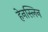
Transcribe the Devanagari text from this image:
हेनस्लिन